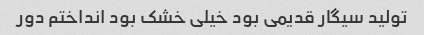
تولید سیگار قدیمی بود خیلی خشک بود انداختم دور